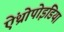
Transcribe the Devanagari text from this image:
ऐंथ्रोपोइडिया